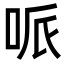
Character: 哌